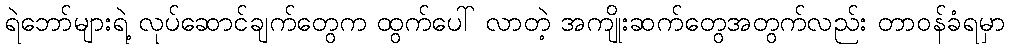
ရဲဘော်များရဲ့ လုပ်ဆောင်ချက်တွေက ထွက်ပေါ် လာတဲ့ အကျိုးဆက်တွေအတွက်လည်း တာဝန်ခံရမှာ